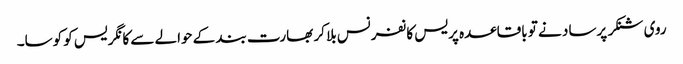
روی شنکر پرساد نے تو باقاعدہ پریس کانفرنس بلا کر بھارت بند کے حوالے سے کانگریس کو کوسا۔